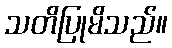
သတိပြုမိသည်။